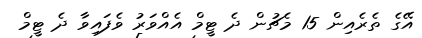
އޭގެ ތެރެއިން 15 މެޗުން ދެ ޓީމް އެއްވަރު ވެފައިވާ ދެ ޓީމް